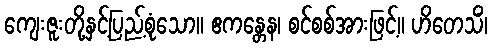
ကျေးဇူးတို့နှင့်ပြည့်စုံသော။ ဧကန္တေန၊ စင်စစ်အားဖြင့်။ ဟိတေသိံ၊